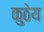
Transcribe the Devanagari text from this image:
कुठेय